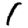
Digit: 1